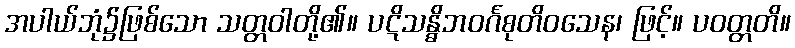
အပါယ်ဘုံ၌ဖြစ်သော သတ္တဝါတို့၏။ ပဋိသန္ဓိဘဝင်္ဂစုတိဝသေန၊ ဖြင့်။ ပဝတ္တတိ။